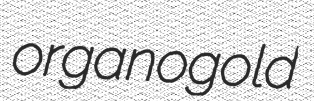
organogold